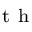
^ { \mathrm { ~ t ~ h ~ } }